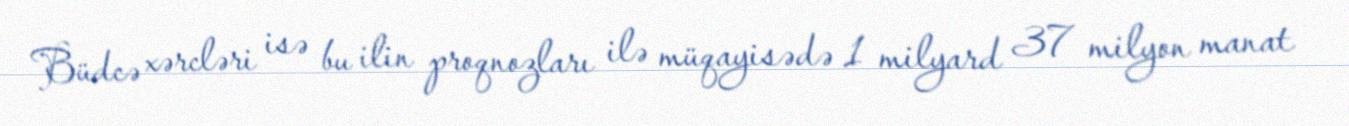
Büdcə xərcləri isə bu ilin proqnozları ilə müqayisədə 1 milyard 37 milyon manat